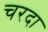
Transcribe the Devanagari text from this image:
चरदा